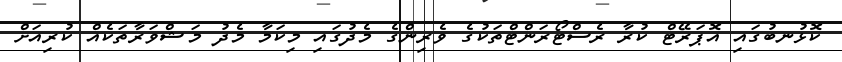
ކޮޅުނބުގައި އޮޕަރޭޓް ކުރާ ރެސްޓޯރަންޓްތަކުގެ ވެރިންގެ މެދުގައި މިކަމާ މެދު މަޝްވަރާތަކެއް ކުރިއަށް